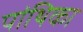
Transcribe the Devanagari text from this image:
पांथिका